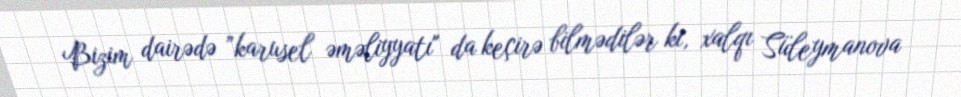
Bizim dairədə ”karusel əməliyyatı" da keçirə bilmədilər ki, xalqı Süleymanova